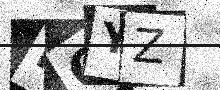
Text: HOYZ